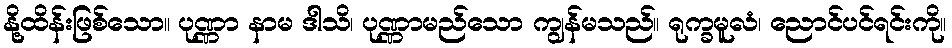
နို့ထိန်းဖြစ်သော။ ပုဏ္ဏာ နာမ ဒါသိ၊ ပုဏ္ဏာမည်သော ကျွန်မသည်။ ရုက္ခမူလံ၊ ညောင်ပင်ရင်းကို။